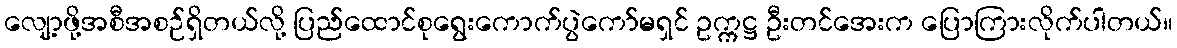
လျော့ဖို့အစီအစဉ်ရှိတယ်လို့ ပြည်ထောင်စုရွေးကောက်ပွဲကော်မရှင် ဥက္ကဋ္ဌ ဦးတင်အေးက ပြောကြားလိုက်ပါတယ်။